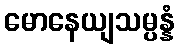
မောနေယျသမ္ပန္နံ